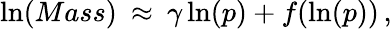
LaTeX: \ln(Mass)\: \approx\: \gamma\ln(p)+f(\ln(p))\, ,